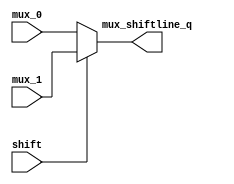
module mux_shiftline(
    input shift,
    input[31:0] mux_0,
    input[31:0] mux_1,
    output[31:0] mux_shiftline_q
    );

    assign mux_shiftline_q = shift? mux_1 : mux_0;

endmodule